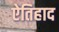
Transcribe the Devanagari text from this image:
ऐतिहाद